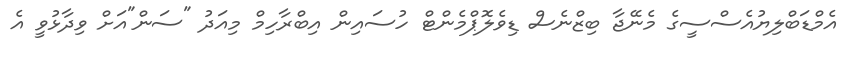
އެމްޑަބްލިޔުއެސްސީގެ މެނޭޖާ ބިޒްނެސް ޑިވެލޮޕްމެންޓް ހުސައިން އިބްރާހިމް މިއަދު "ސަން"އަށް ވިދާޅުވީ އެ